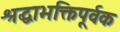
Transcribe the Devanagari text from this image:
श्रद्धाभक्तिपूर्वक